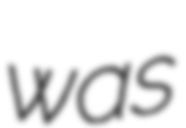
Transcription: was